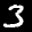
Label: 3